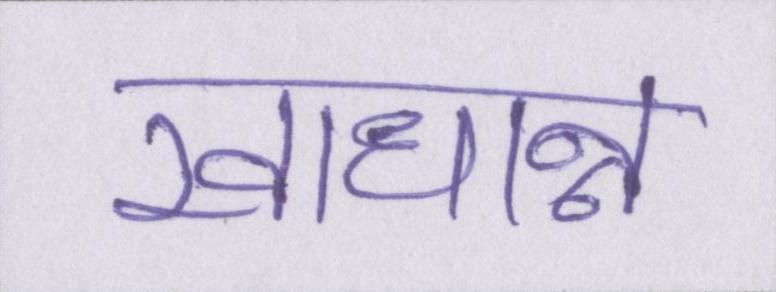
खाधान्न